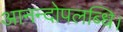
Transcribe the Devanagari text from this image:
आनन्दोपलब्धि।